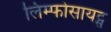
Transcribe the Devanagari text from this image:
लिम्फोसायट्स